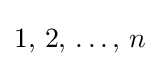
1,\,2,\,\ldots ,\,n